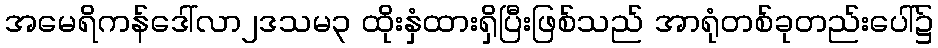
အမေရိကန်ဒေါ်လာ၂ဒသမ၃ ထိုးနှံထားရှိပြီးဖြစ်သည် အာရုံတစ်ခုတည်းပေါ်၌